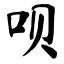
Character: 呗